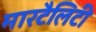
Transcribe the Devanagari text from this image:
मारटैलिटी